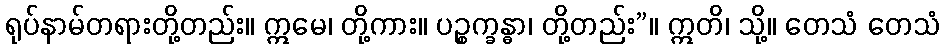
ရုပ်နာမ်တရားတို့တည်း။ ဣမေ၊ တို့ကား။ ပဉ္စက္ခန္ဓာ၊ တို့တည်း”။ ဣတိ၊ သို့။ တေသံ တေသံ